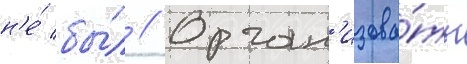
н'е́ бы́л // Орган'изова́ть